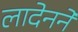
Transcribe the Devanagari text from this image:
लादेनने